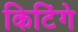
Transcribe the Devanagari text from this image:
किटिंगे